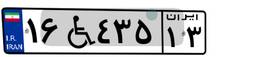
۱۶W۵۳۸۸۹